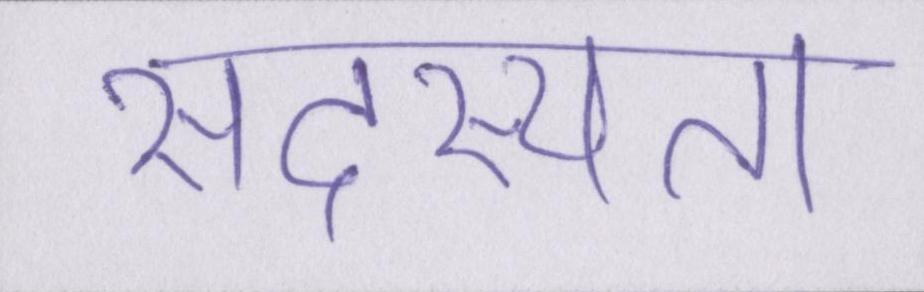
सदस्यता